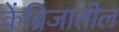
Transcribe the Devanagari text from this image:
केंब्रिजातील